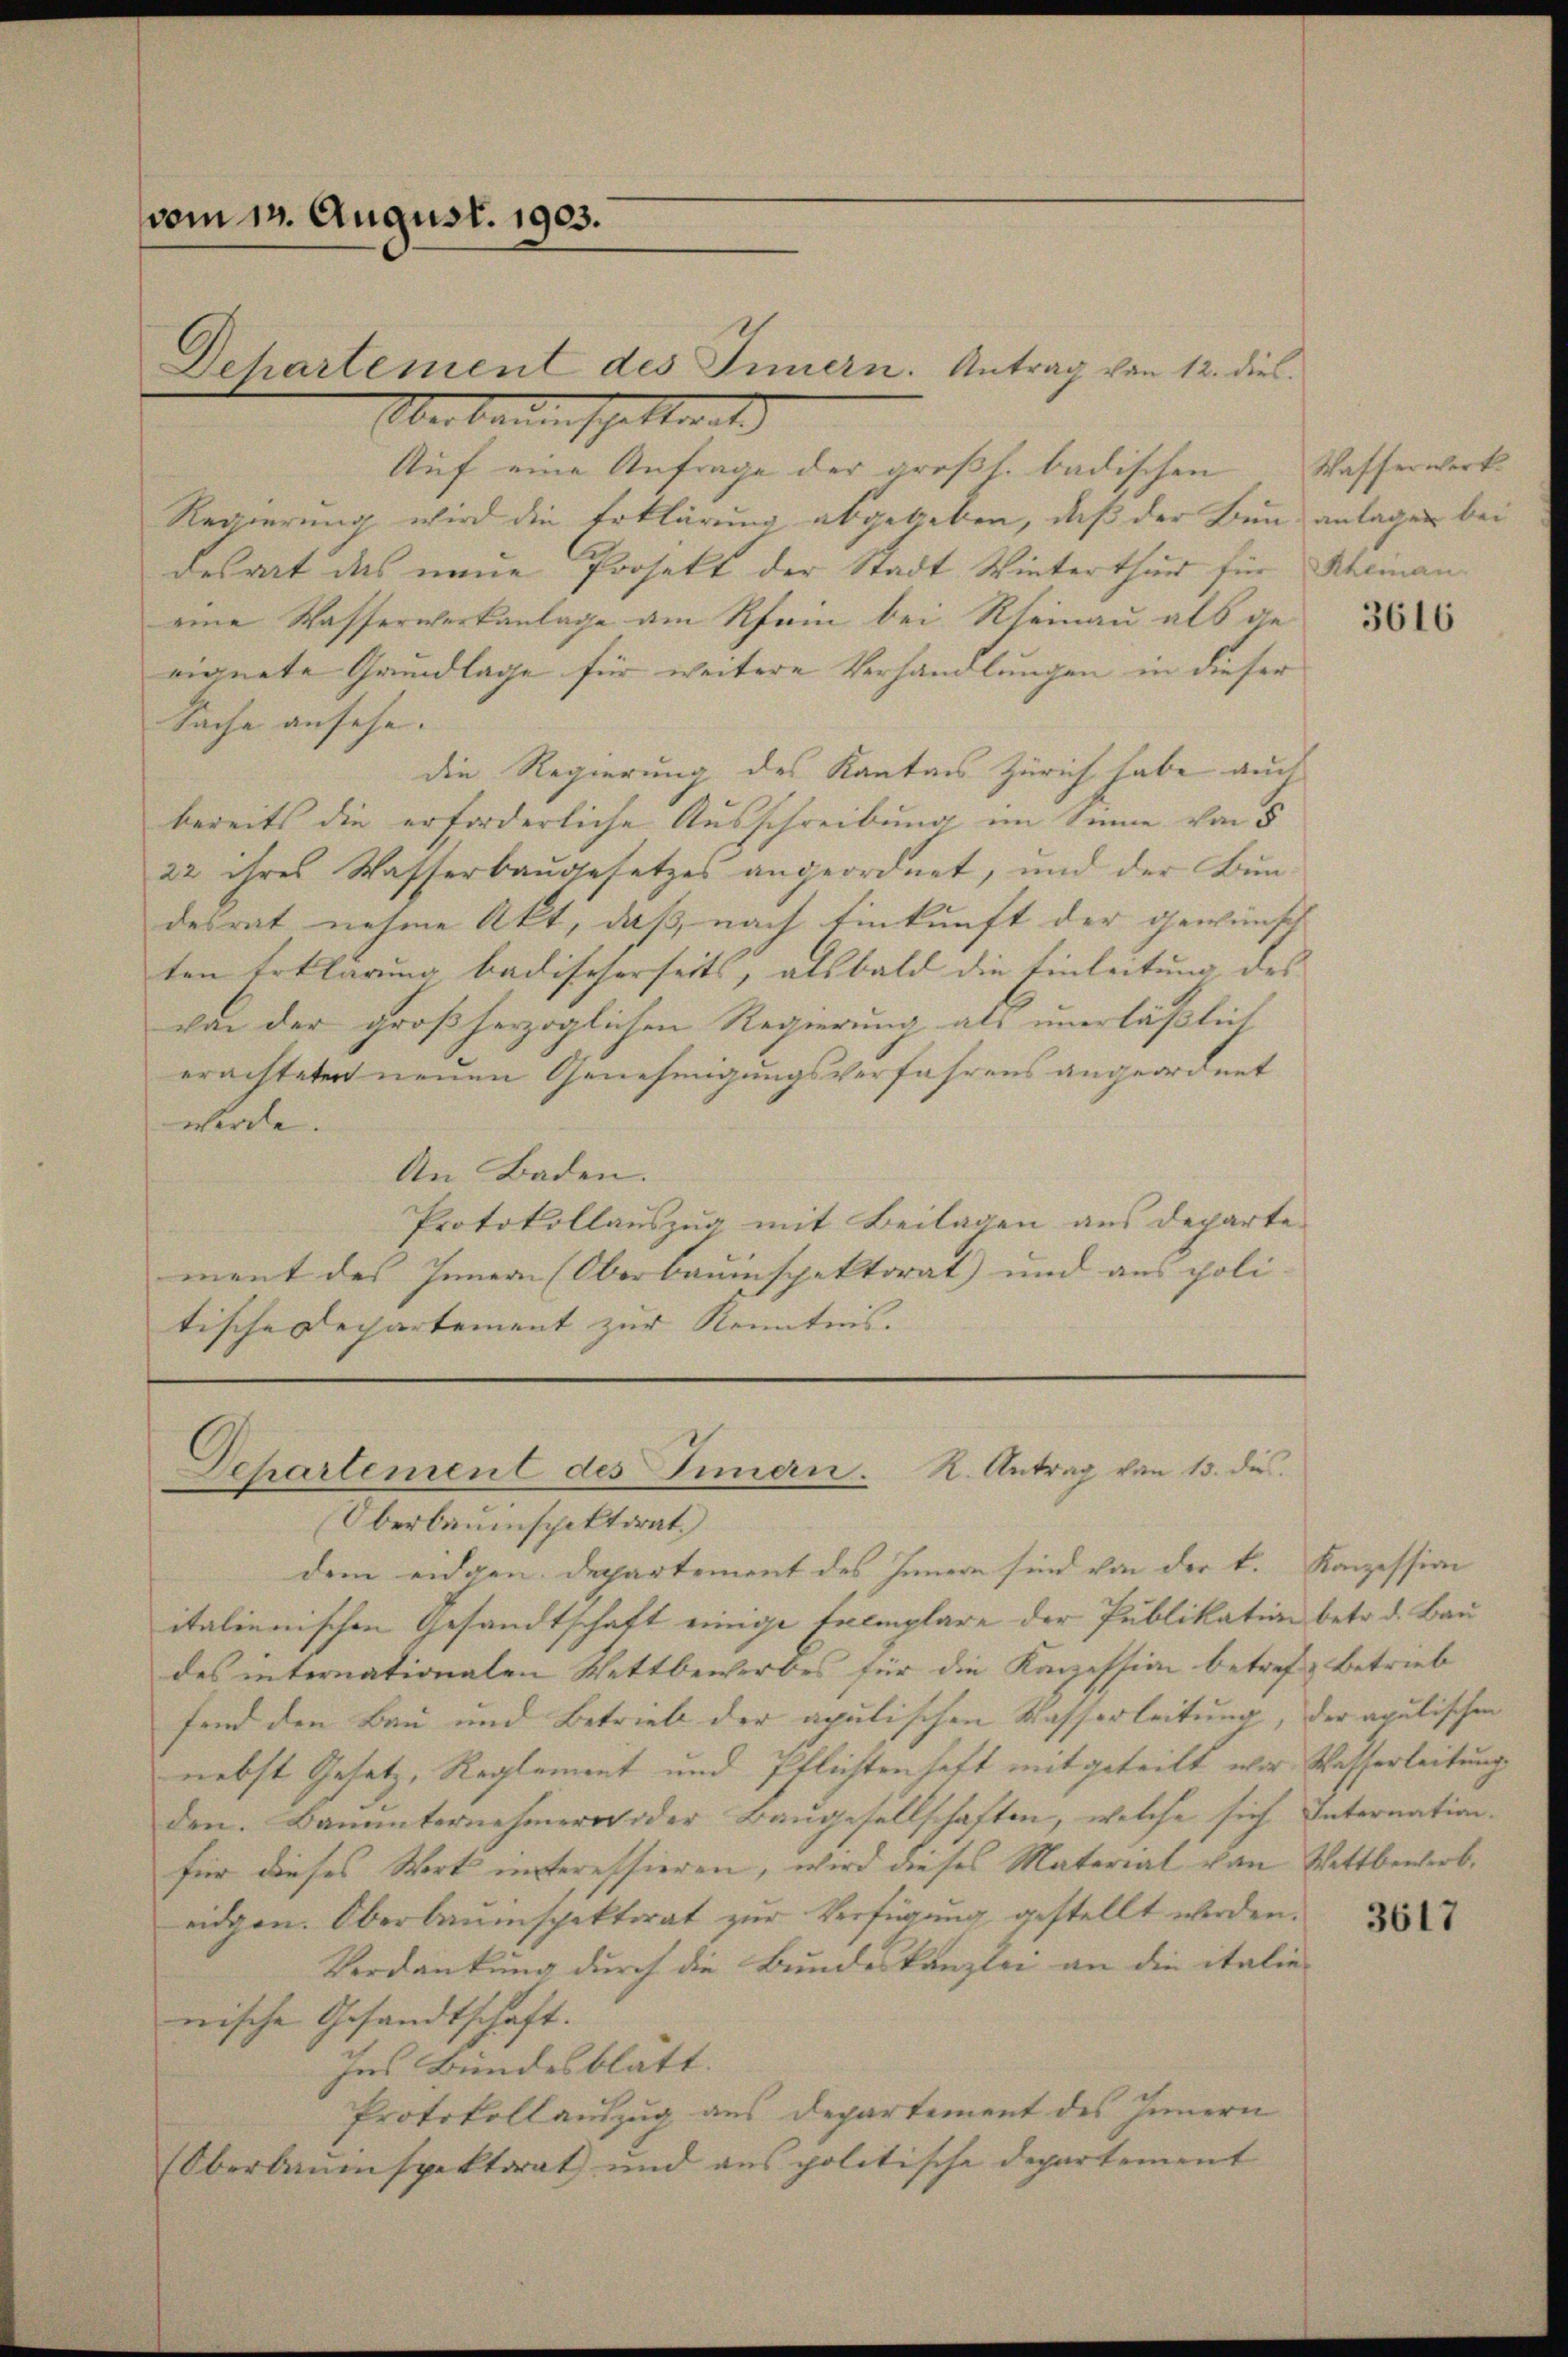
vom 12. August. 1903.

Dehartement des Innern. Antrag von 12. dies
Oberbaumschaftmals
Auf eine Anfrage der großl. badischen
Regierung wird die Erklärung abgegeben, daß der Bund anlagen bei
desrat das neue Prosekt der Stadt Winterthur für Rheinaneine Wasserwerkanlage am Rhein bei Rheinau als geeignete Grundlage für weitere Verhandlungen in dieser
Sache ansehe.
die Regierung des Kantons Zürich habe auch
bereits die erforderliche Ausschreibung im Sinne von 5
22 ihres Wasserbaugesetzes angeordnet, und der Bun-
desrat nehme Akt, daß, nach Einkunft der gewünsch
ten Erklärung badischerseits, alsbald die Einleitung des
von der großherzoglichen Regierung als unerläßlich
erachteten neuen Genehmigungsverfahrens angeordnet
werde.
An Baden.
Protokollauszug mit Beilagen aus departe
ment des Innern (Oberbauinspektorat und aus poli- |
tische Departement zur Kenntnis.

Departement des Innern. R. Antrag von 15. dies

Oberbauinspektorat
dem eidgen. Departement des Innern sind von der k. Kanzession
italienischen Gesandtschaft einige Exemplare der Publikation betr. d. Bau
des internationalen Wettbewerbes für die Kanzession betref Betrieb
fend den Bau und Betrieb der apulischen Wasserleitung, der apulischen
nebst Gesetz, Reglement und Pflichtenhaft mitgeteilt war Wasserleitung
den. Bauunternehmern oder Baugesellschaften, welche sich Internation.
für dieses Wort interessieren, wird dieses Material von Wettbewerb.
eidgen. Oberbauinspektorat zur Verfügung gestellt werden.
Verdankung durch die Bundeskanzlei an die italie-
nische Gesandtschaft.
Ins Bundesblätt.
Protokollauszug aus Departement des Innern
Oberbrunspektorat und aus politische Departement

Wafferwerk

3616

3617